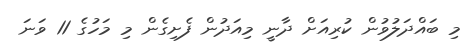
މި ބައްދަލުވުން ކުރިއަށް ދާނީ މިއަދުން ފެށިގެން މި މަހުގެ 11 ވަނަ